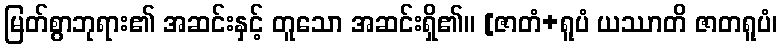
မြတ်စွာဘုရား၏ အဆင်းနှင့် တူသော အဆင်းရှိ၏။ [ဇာတံ+ရူပံ ယဿာတိ ဇာတရူပံ၊